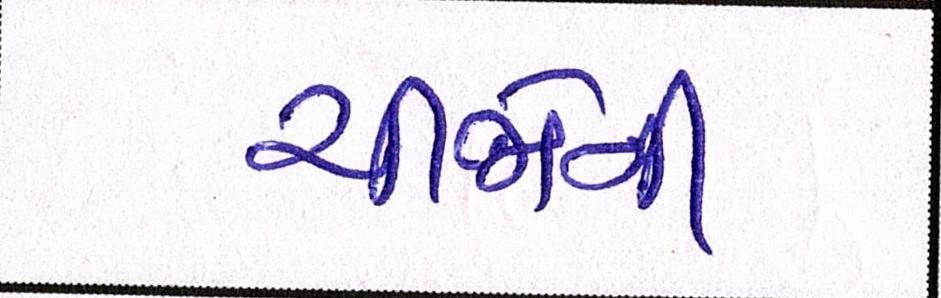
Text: ચીજોની